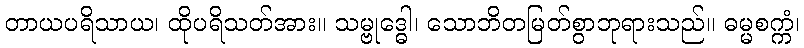
တာယပရိသာယ၊ ထိုပရိသတ်အား။ သမ္ဗုဒ္ဓေါ၊ သောဘိတမြတ်စွာဘုရားသည်။ ဓမ္မစက္ကံ၊